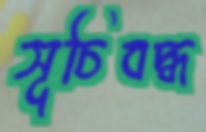
সূচিবদ্ধ